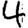
Digit: 4